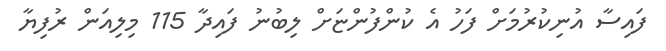
ފައިސާ އުނިކުރުމަށް ފަހު އެ ކުންފުންޏަށް ލިބުނު ފައިދާ 115 މިލިއަން ރުފިޔާ